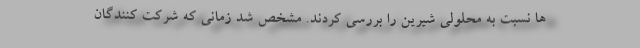
ها نسبت به محلولی شیرین را بررسی کردند. مشخص شد زمانی که شرکت کنندگان